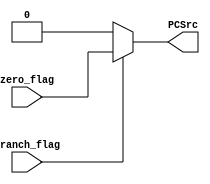
`timescale 1ns / 1ps

module Branch(
    input branch_flag,
    input zero_flag,
    output reg PCSrc
    );
    always @(*) begin
        if (branch_flag)
            PCSrc = zero_flag;     // if zero_flag is set -> PC_Src = 1
        else
            PCSrc = 0;
    end
endmodule